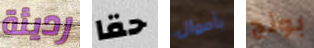
رديئة حقا بأموال بونج